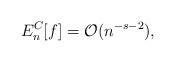
LaTeX: \begin{align*}E_n^{C}[f] = \mathcal{O}(n^{-s-2}),\end{align*}